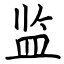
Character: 监